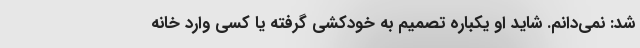
شد: نمی‌دانم. شاید او یکباره تصمیم به خودکشی گرفته یا کسی وارد خانه